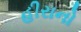
હીરાનો